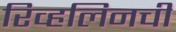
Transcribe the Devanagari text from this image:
रिव्हलिनची